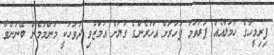
ފިރިމީހާގެ ހަމަލާއެއް ފުރަތަމަ ފަހަރަށް އަހަރެންގެ ގަޔަށް އަމާޒުވި ދުވަހަކީ މަންމަމެން ބޭނުންވާ